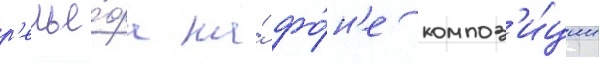
р'елье́фа на́ фо́н'е композ'и́ции